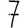
Digit: 7